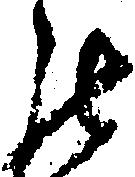
罷